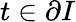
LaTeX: t\in\partial I